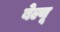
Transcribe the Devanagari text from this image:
बेल्यू